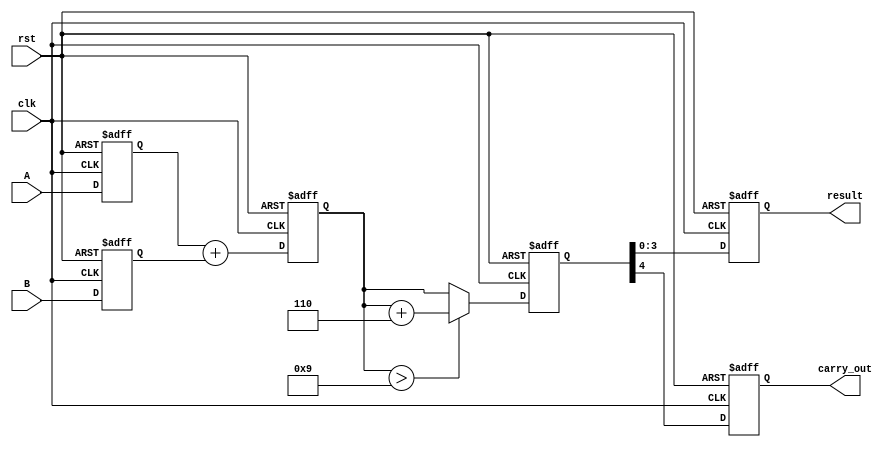
module BCD_Pipelined_Adder (
    input wire clk,
    input wire rst,
    input wire [3:0] A,
    input wire [3:0] B,
    output reg [3:0] result,
    output reg carry_out
);

    // Pipeline registers
    reg [3:0] A_reg, B_reg;         // Input stage registers
    reg [4:0] sum_reg;              // Addition stage register
    reg [4:0] corrected_sum_reg;    // Correction stage register

    // Input Stage: Latch inputs
    always @(posedge clk or posedge rst) begin
        if (rst) begin
            A_reg <= 4'b0000;
            B_reg <= 4'b0000;
        end else begin
            A_reg <= A;
            B_reg <= B;
        end
    end

    // Addition Stage: Compute sum
    always @(posedge clk or posedge rst) begin
        if (rst) begin
            sum_reg <= 5'b00000;
        end else begin
            sum_reg <= A_reg + B_reg; // 4-bit addition, result is 5 bits
        end
    end

    // Correction Stage: BCD correction
    always @(posedge clk or posedge rst) begin
        if (rst) begin
            corrected_sum_reg <= 5'b00000;
        end else begin
            if (sum_reg > 5'b01001) begin // Check if sum > 9
                corrected_sum_reg <= sum_reg + 5'b00110; // Add 6
            end else begin
                corrected_sum_reg <= sum_reg; // No correction needed
            end
        end
    end

    // Output Stage: Prepare final result
    always @(posedge clk or posedge rst) begin
        if (rst) begin
            result <= 4'b0000;
            carry_out <= 1'b0;
        end else begin
            result <= corrected_sum_reg[3:0]; // Take lower 4 bits as result
            carry_out <= corrected_sum_reg[4]; // Carry out if the 5th bit is set
        end
    end

endmodule